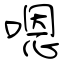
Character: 嗯